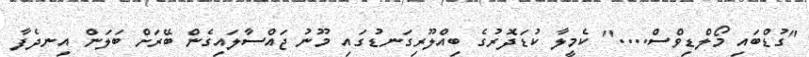
"ގުޑްބައި މޯލްޑިވްސް...." ކެމީލާ ކުޑަދޮރުގެ ބިއްލޫރިގަނޑުގައި މޫނު ޖައްސާލައިގެން ބޭރަށް ބަލަން އިނދެފާ